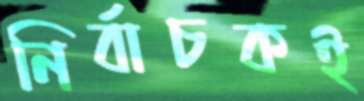
নির্বাচকই